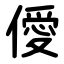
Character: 僾